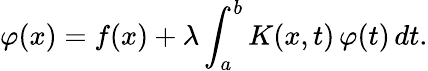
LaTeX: \varphi(x)=f(x)+\lambda\int_{a}^{b}K(x,t)\, \varphi(t)\, dt.